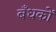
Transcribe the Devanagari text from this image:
बँधकों